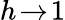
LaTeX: h\! \to\! 1